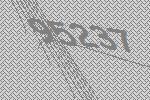
95237